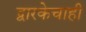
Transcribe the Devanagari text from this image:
द्वारकेचाही